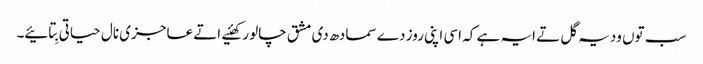
سب توں ودیہ گل تے ایہ ہے کہ اسی اپنی روز دے سمادھ دی مشق چالو رکھئیے اتے عاجزی نال حیاتی بِتائیے۔